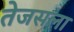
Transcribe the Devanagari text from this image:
तेजसला